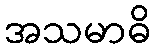
အသမာဓိ